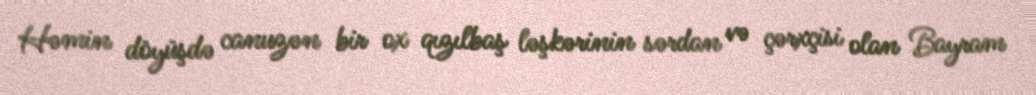
Həmin döyüşdə canuzən bir ox qızılbaş ləşkərinin sərdan və çərxçisi olan Bayram